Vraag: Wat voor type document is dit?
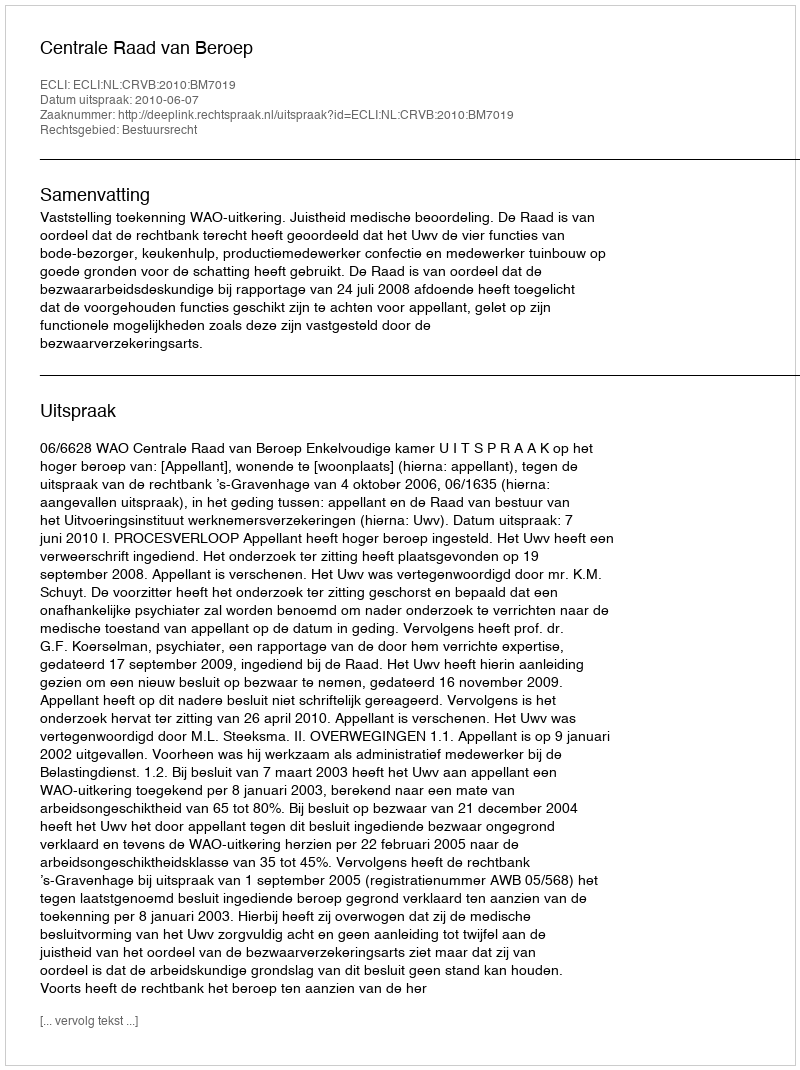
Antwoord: Uitspraak